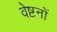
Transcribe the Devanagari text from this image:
वेष्टनों